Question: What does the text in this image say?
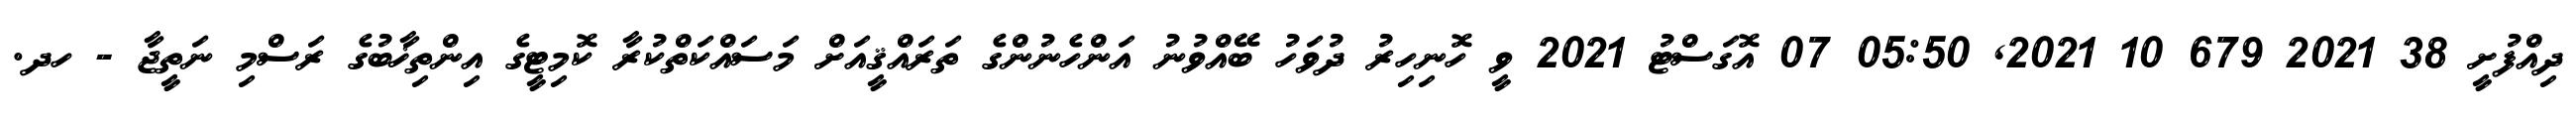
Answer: ދިއްފުށީ 38 2021 679 10 2021, 05:50 07 އޮގަސްޓު 2021 ވީ ހޮނިހިރު ދުވަހު ބޭއްވުނު އަންހެނުންގެ ތަރައްޤީއަށް މަސައްކަތްކުރާ ކޮމިޓީގެ އިންތިޚާބުގެ ރަސްމި ނަތީޖާ - ހދ.